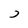
Character: J